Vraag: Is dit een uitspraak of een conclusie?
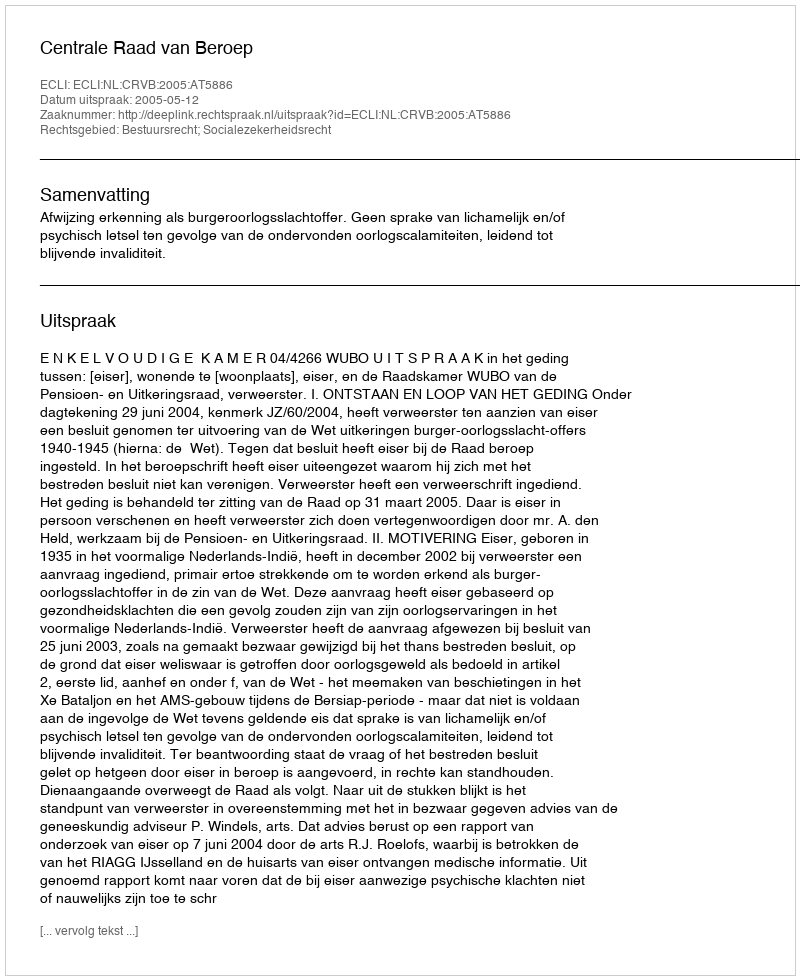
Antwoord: Uitspraak